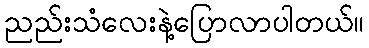
ညည်းသံလေးနဲ့ပြောလာပါတယ်။